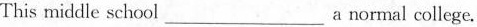
This middle school___ a normal college.